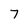
Character: 7